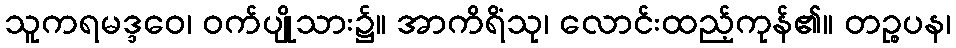
သူကရမဒ္ဒဝေ၊ ဝက်ပျိုသား၌။ အာကိရိံသု၊ လောင်းထည့်ကုန်၏။ တဉ္စပန၊